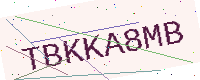
Text: TBKKA8MB